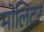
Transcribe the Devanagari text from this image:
मोलिटर